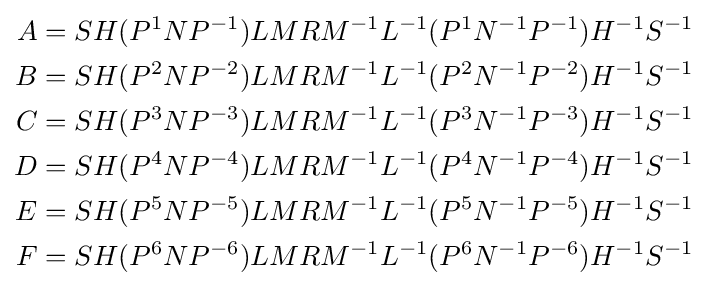
{\begin{aligned}A&=SH(P^{1}NP^{-1})LMRM^{-1}L^{-1}(P^{1}N^{-1}P^{-1})H^{-1}S^{-1}\\B&=SH(P^{2}NP^{-2})LMRM^{-1}L^{-1}(P^{2}N^{-1}P^{-2})H^{-1}S^{-1}\\C&=SH(P^{3}NP^{-3})LMRM^{-1}L^{-1}(P^{3}N^{-1}P^{-3})H^{-1}S^{-1}\\D&=SH(P^{4}NP^{-4})LMRM^{-1}L^{-1}(P^{4}N^{-1}P^{-4})H^{-1}S^{-1}\\E&=SH(P^{5}NP^{-5})LMRM^{-1}L^{-1}(P^{5}N^{-1}P^{-5})H^{-1}S^{-1}\\F&=SH(P^{6}NP^{-6})LMRM^{-1}L^{-1}(P^{6}N^{-1}P^{-6})H^{-1}S^{-1}\\\end{aligned}}